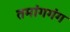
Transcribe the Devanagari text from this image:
तमांगगंग